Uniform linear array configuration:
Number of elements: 12
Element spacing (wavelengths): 1
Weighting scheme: exponential
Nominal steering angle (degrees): -30
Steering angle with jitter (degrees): -28.168
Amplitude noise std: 0.05
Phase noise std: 0.05

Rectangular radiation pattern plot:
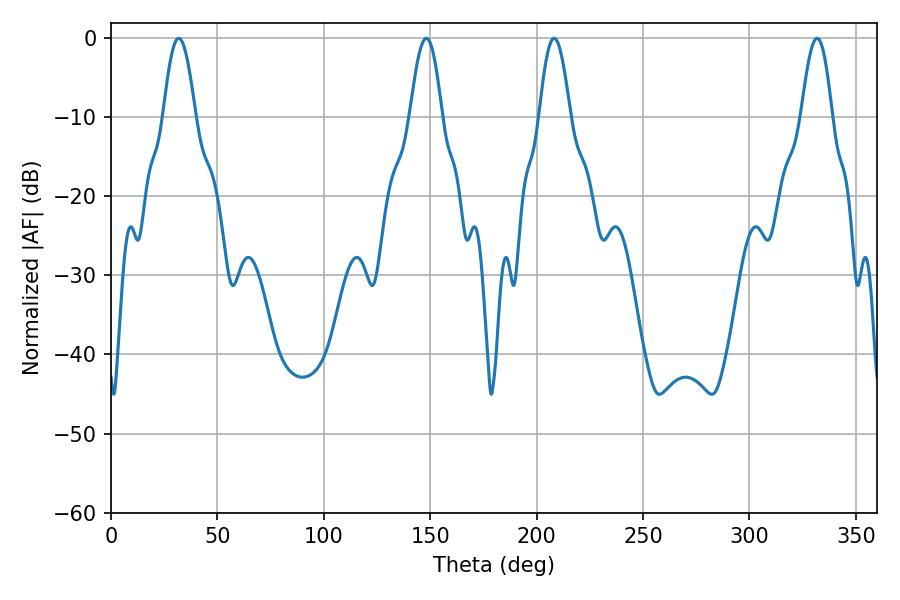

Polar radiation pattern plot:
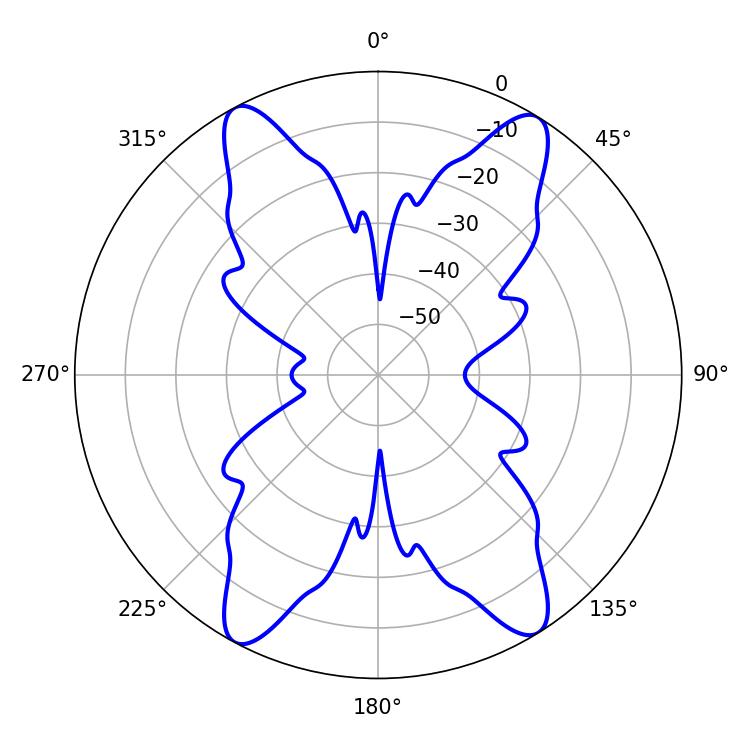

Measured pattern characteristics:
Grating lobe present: TRUE
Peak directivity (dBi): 19.561
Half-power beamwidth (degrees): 8.1
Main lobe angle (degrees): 31.86